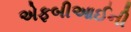
એફબીઆઈની